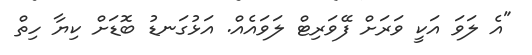
"އެ ލަވަ އަކީ ވަރަށް ފޭވަރިޓް ލަވައެއް. އަޅުގަނޑު ބޮޑަށް ކިޔާ ހިތް